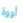
أووة